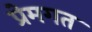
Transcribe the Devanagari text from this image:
प्रेमगत